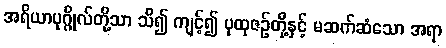
အရိယာပုဂ္ဂိုလ်တို့သာ သိ၍ ကျင့်၍ ပုထုဇဉ်တို့နှင့် မဆက်ဆံသော အရာ